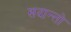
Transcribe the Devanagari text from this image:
सदान्तो